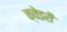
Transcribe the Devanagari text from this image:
क्वेइरी